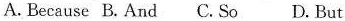
A. Because B.And C. So D. But